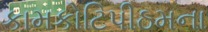
કામકોટિપીઠમના